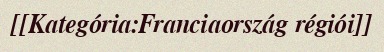
[[Kategória:Franciaország régiói]]